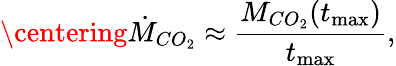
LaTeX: \centering\dot{M}_{CO_{2}}\approx\frac{M_{CO_{2}}(t_{\mathrm{max}})}{t_{\mathrm{max}}},